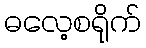
ဓလေ့စရိုက်